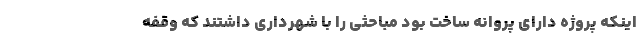
اینکه پروژه دارای پروانه ساخت بود مباحثی را با شهرداری داشتند که وقفه